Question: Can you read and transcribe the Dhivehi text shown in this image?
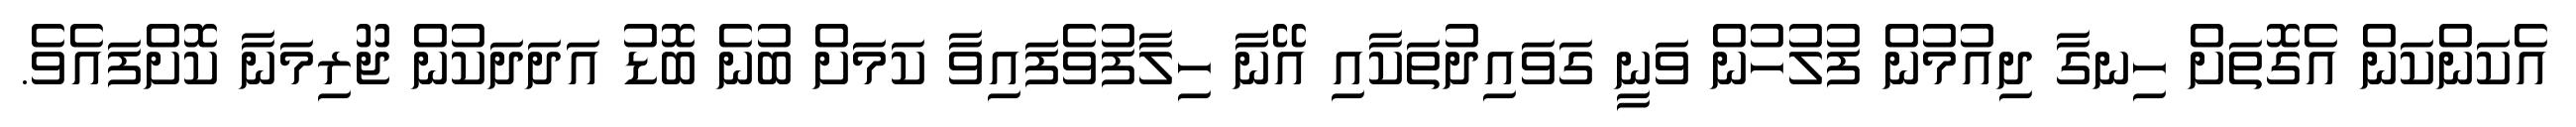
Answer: އެކަންކަން އެގޮތަށް ހިނގާ ދިއުމުން ފުލުހުން ވަނީ ގަވައިދުތަކާއި އޭނާ ހިލާފުވެފައިވާ ކަމަށް ބުނެ ބޮޑު އަދަދަކުން ޖޫރިމަނާ ކޮށްފައެވެ.